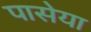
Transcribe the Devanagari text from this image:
पासेया